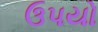
ઉપયો